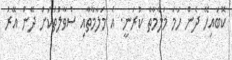
ކޮބައިހޭ ދެން ހަމަ މަލާމާތް ކުރަނީ. އެ މަލާމާތާއި ސުވާލުތަކަށް ދޭން އޭރު